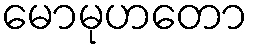
မောမုဟတော